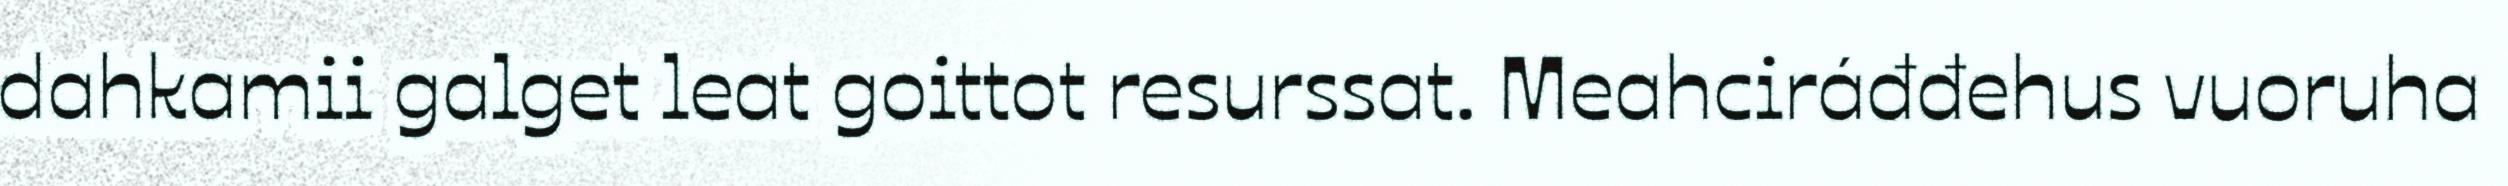
dahkamii galget leat goittot resurssat. Meahciráđđehus vuoruha